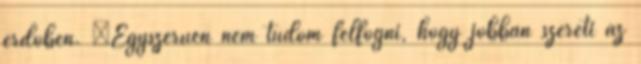
erdőben. “Egyszerűen nem tudom felfogni, hogy jobban szereti az